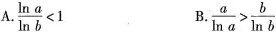
A. $$\frac{ \ln a}{ \ln b}<1$$ B. $$\frac{a}{ \ln a}> \frac{b}{ \ln b}$$